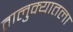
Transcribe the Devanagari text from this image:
तालुक्यातला